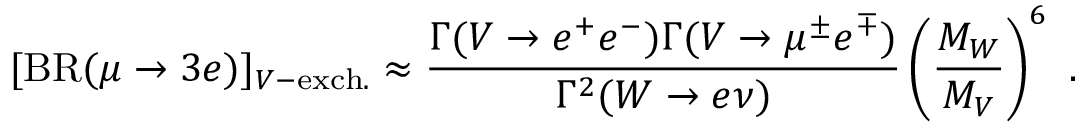
[ \mathrm { B R } ( \mu \to 3 e ) ] _ { V - \mathrm { e x c h . } } \approx \frac { \Gamma ( V \to e ^ { + } e ^ { - } ) \Gamma ( V \to \mu ^ { \pm } e ^ { \mp } ) } { \Gamma ^ { 2 } ( W \to e \nu ) } \left( \frac { M _ { W } } { M _ { V } } \right) ^ { 6 } ~ .